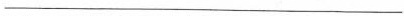
___